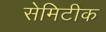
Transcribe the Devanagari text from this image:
सेमिटीक